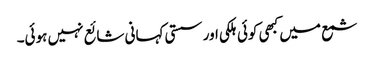
شمع میں کبھی کوئی ہلکی اور سستی کہانی شائع نہیں ہوئی۔